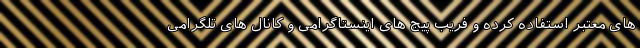
های معتبر استفاده کرده و فریب پیج های اینستاگرامی و کانال های تلگرامی